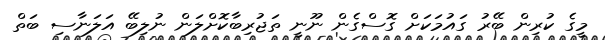
މީގެ ކުރިން ބޭރު ގައުމަކަށް ގޮސްގެން ނޫނީ ތަޖުރިބާކޮށްލަން ނުލިބޭ އަލަނާސި ބަތް